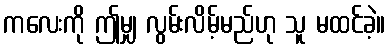
ကလေးကို ဤမျှ လွမ်းလိမ့်မည်ဟု သူ မထင်ခဲ့။